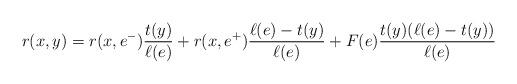
LaTeX: \begin{align*} r(x,y)=r(x,e^-)\frac{t(y)}{\ell(e)} + r(x,e^+)\frac{\ell(e) - t(y)}{\ell(e)} + F(e)\frac{t(y)(\ell(e)-t(y))}{\ell(e)} \end{align*}